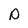
Character: P